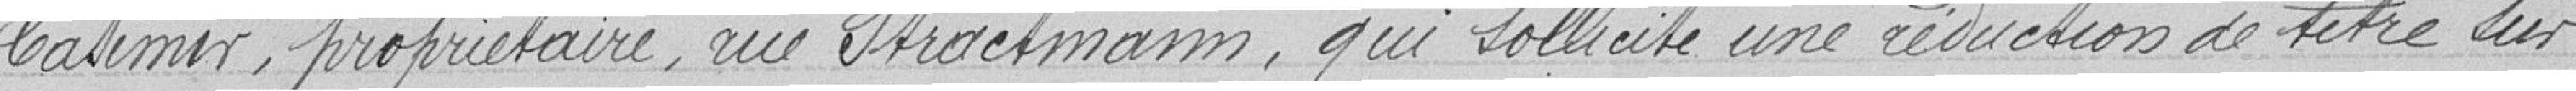
Casimir, propriétaire, rue Strackmann, qui sollicite une réduction de titre sur